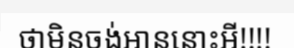
ថាមិនចង់អាននោះអី!!!!